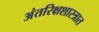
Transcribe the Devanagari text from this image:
अंतरिक्षशास्त्रात